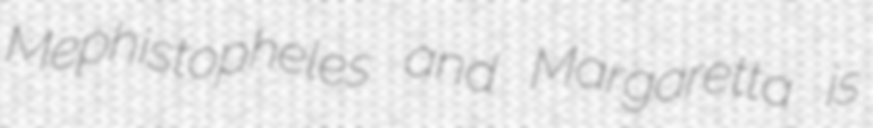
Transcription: Mephistopheles and Margaretta is